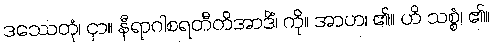
ဒဿေတုံ၊ ငှာ။ နီရာဂါစရတီတိအာဒိံ၊ ကို။ အာဟ၊ ၏။ ဟိ သစ္စံ၊ ၏။